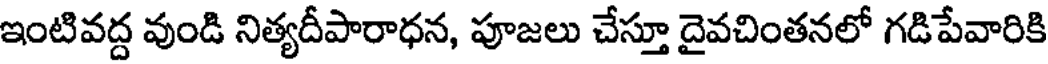
ఇంటివద్ద వుండి నిత్యదీపారాధన, పూజలు చేస్తూ దైవచింతనలో గడిపేవారికి